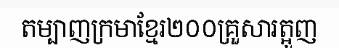
តម្បាញក្រមាខ្មែរ២០០គ្រួសារត្អួញ